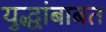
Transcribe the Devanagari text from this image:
युद्धांबाबत